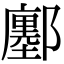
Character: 鄽